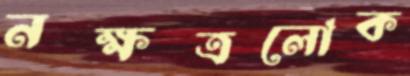
নক্ষত্রলোক